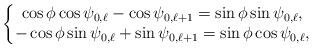
LaTeX: \begin{align*} \left\{\begin{matrix}\cos \phi \cos \psi_{0,\ell} - \cos \psi_{0,\ell+1}=\sin \phi \sin \psi_{0,\ell}, \\- \cos \phi \sin \psi_{0,\ell}+ \sin \psi_{0,\ell+1}=\sin \phi \cos \psi_{0,\ell},\end{matrix}\right.\end{align*}